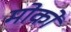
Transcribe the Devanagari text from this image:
मोकों